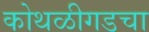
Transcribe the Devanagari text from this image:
कोथळीगडचा